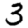
Digit: 3